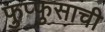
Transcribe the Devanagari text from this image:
फुप्फुसाची